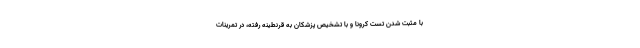
با مثبت شدن تست کرونا و با تشخیص پزشکان به قرنطینه رفته، در تمرینات